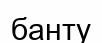
банту